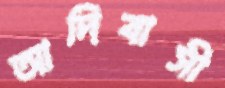
আদিবাসী